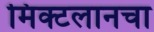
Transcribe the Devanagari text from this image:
मिक्टलानचा